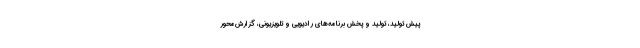
پیش تولید، تولید و پخش برنامه‌های رادیویی و تلویزیونی، گزارش‌محور